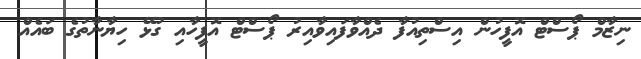
ނިޒާމް ޕޯސްޓް އޮފީހުން އިސްތިއުފާ ދެއްވާފައިވާއިރު ޕޯސްޓް އޮފީހާއި ގުޅޭ ހިޔާނާތުގެ ބައެއް